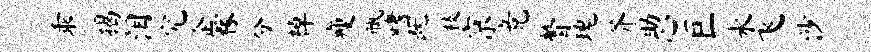
乖揭泪究企稼分棹瘦瓶嗜既枝京竟瞥瑰芥助心巨水飞沙